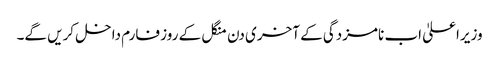
وزیراعلیٰ اب نامزدگی کے آخری دن منگل کے روز فارم داخل کریں گے۔